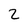
Character: 2